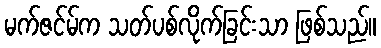
မက်ဇင်မ်က သတ်ပစ်လိုက်ခြင်းသာ ဖြစ်သည်။